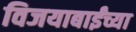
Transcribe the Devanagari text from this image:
विजयाबाईंच्या